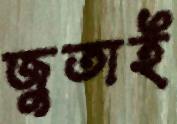
জুতাই